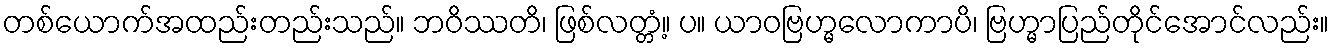
တစ်ယောက်အထည်းတည်းသည်။ ဘဝိဿတိ၊ ဖြစ်လတ္တံ့။ ပ။ ယာဝဗြဟ္မလောကာပိ၊ ဗြဟ္မာပြည်တိုင်အောင်လည်း။